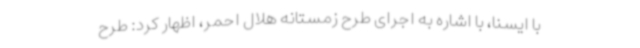
با ایسنا، با اشاره به اجرای طرح زمستانه هلال احمر، اظهار کرد: طرح